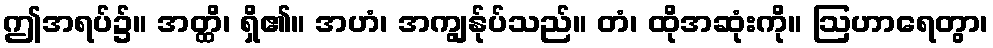
ဤအရပ်၌။ အတ္ထိ၊ ရှိ၏။ အဟံ၊ အကျွန်ုပ်သည်။ တံ၊ ထိုအဆုံးကို။ ဩဟာရေတွာ၊